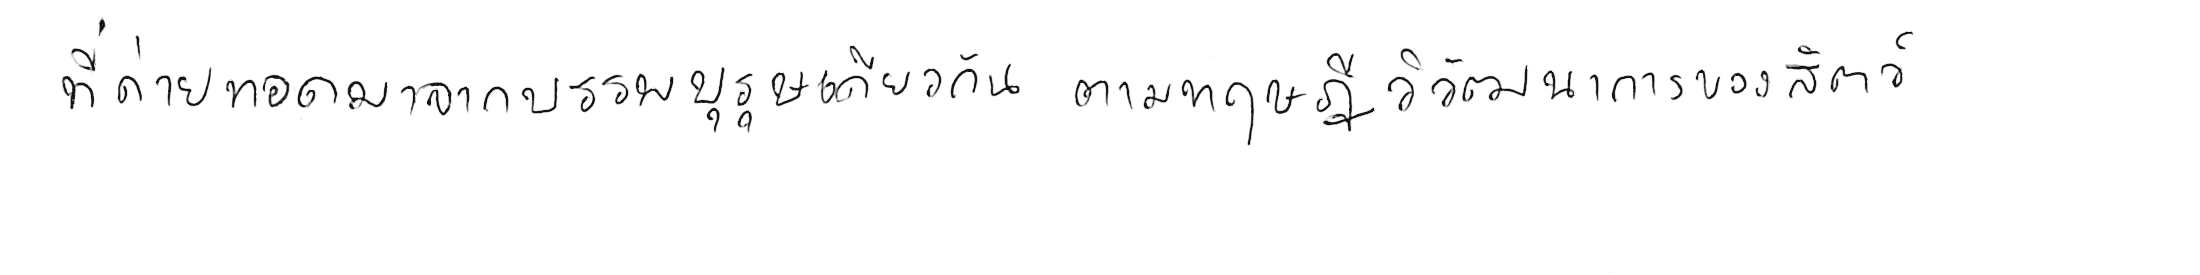
ที่ถ่ายทอดมาจากบรรพบุรุษเดียวกัน ตามทฤษฎีวิวัฒนาการของสัตว์